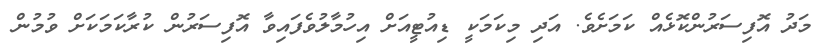
މަދު އޮފިސަރުންކޮޅެއް ކަމަށެވެ. އަދި މިކަމަކީ ޑިއުޓީއަށް އިހުމާލުވެފައިވާ އޮފިސަރުން ކުރާކަމަކަށް ވުމުން